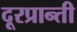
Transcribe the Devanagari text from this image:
दूरप्रान्ती